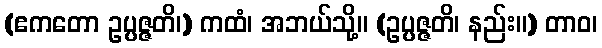
(ဧကတော ဥပ္ပဇ္ဇတိ၊) ကထံ၊ အဘယ်သို့။ (ဥပ္ပဇ္ဇတိ၊ နည်း။) တာဝ၊